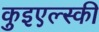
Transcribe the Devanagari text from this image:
कुइएल्स्की